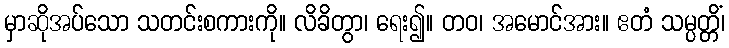
မှာဆိုအပ်သော သတင်းစကားကို။ လိခိတွာ၊ ရေး၍။ တဝ၊ အမောင်အား။ ဧတံ သမ္ပတ္တိံ၊